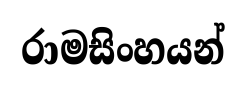
රාමසිංහයන්